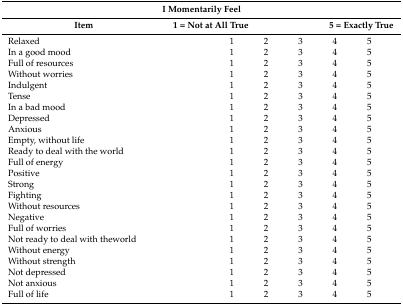
<table><thead><tr><td colspan="2"><b>I Momentarily Feel</b></td></tr><tr><td><b>Item</b></td><td><b>1 = Not at All True5 = Exactly True</b></td></tr></thead><tbody><tr><td>Relaxed</td><td>12345</td></tr><tr><td>In a good mood</td><td>12345</td></tr><tr><td>Full of resources</td><td>12345</td></tr><tr><td>Without worries</td><td>12345</td></tr><tr><td>Indulgent</td><td>12345</td></tr><tr><td>Tense</td><td>12345</td></tr><tr><td>In a bad mood</td><td>12345</td></tr><tr><td>Depressed</td><td>12345</td></tr><tr><td>Anxious</td><td>12345</td></tr><tr><td>Empty, without life</td><td>12345</td></tr><tr><td>Ready to deal with the world</td><td>12345</td></tr><tr><td>Full of energy</td><td>12345</td></tr><tr><td>Positive</td><td>12345</td></tr><tr><td>Strong</td><td>12345</td></tr><tr><td>Fighting</td><td>12345</td></tr><tr><td>Without resources</td><td>12345</td></tr><tr><td>Negative</td><td>12345</td></tr><tr><td>Full of worries</td><td>12345</td></tr><tr><td>Not ready to deal with theworld</td><td>12345</td></tr><tr><td>Without energy</td><td>12345</td></tr><tr><td>Without strength</td><td>12345</td></tr><tr><td>Not depressed</td><td>12345</td></tr><tr><td>Not anxious</td><td>12345</td></tr><tr><td>Full of life</td><td>12345</td></tr></tbody></table>